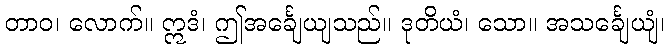
တာဝ၊ လောက်။ ဣဒံ၊ ဤအင်္ချေယျသည်။ ဒုတိယံ၊ သော။ အသင်္ချေယျံ၊